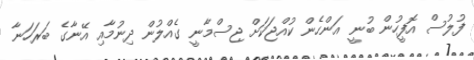
ފުލުސް އޮފީހުން ބުނީ އަންހެން ކުއްޖަކަށް ޖިސްމާނީ ގެއްލުން ދިނުމާއި އޭނާގެ ބަރަހަނާ